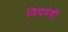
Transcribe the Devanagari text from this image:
विदवंशी